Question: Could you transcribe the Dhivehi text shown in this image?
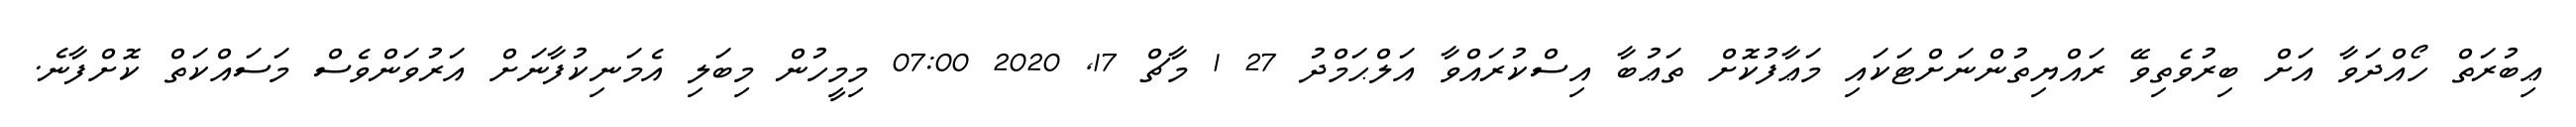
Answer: ޢިބުރަތް ހޯއްދަވާ އަށް ބިރުވެތިވޭ ރައްޔިތުންނަށްޓަކައި މަޢާފުކޮށް ތަޢުބާ އިސްކުރައްވާ އަލްޙަމްދު 27 1 މާޗް 17, 2020 07:00 މިމީހުން މިބަލި އެމަނިކުފާނަށް އަރުވަންވެސް މަސައްކަތް ކޮށްފާނެ.